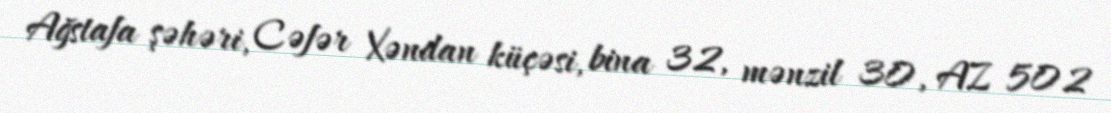
Ağstafa şəhəri, Cəfər Xəndan küçəsi, bina 32, mənzil 30, AZ 502